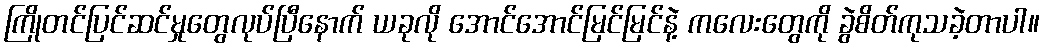
ကြိုတင်ပြင်ဆင်မှုတွေလုပ်ပြီနောက် ယခုလို အောင်အောင်မြင်မြင်နဲ့ ကလေးတွေကို ခွဲစိတ်ကုသခဲ့တာပါ။